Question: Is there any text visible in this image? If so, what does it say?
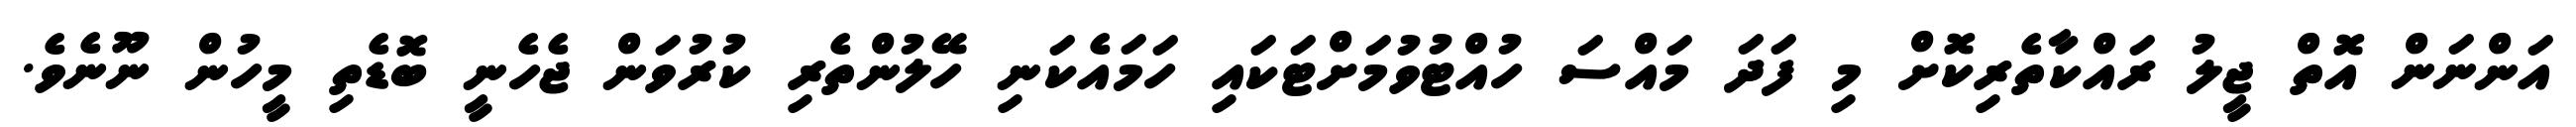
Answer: އަންނަން އޮތް ޖީލު ރައްކާތެރިކޮށް މި ފަދަ މައްސަ ހުއްޓުވުމަށްޓަކައި ހަމައެކަނި ހޭލުންތެރި ކުރުވަން ޖެހެނީ ބޮޑެތި މީހުން ނޫނެވެ.